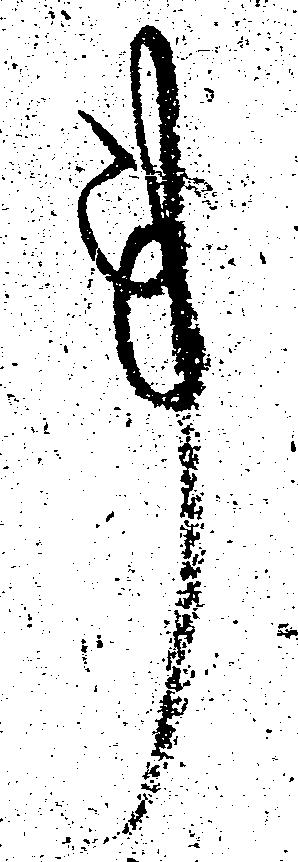
事